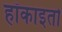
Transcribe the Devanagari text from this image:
हॉकाइतो